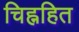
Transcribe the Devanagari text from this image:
चिह्नहित